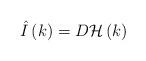
LaTeX: \begin{align*}\hat I\left( k\right) =D{\cal H}\left( k\right) \end{align*}